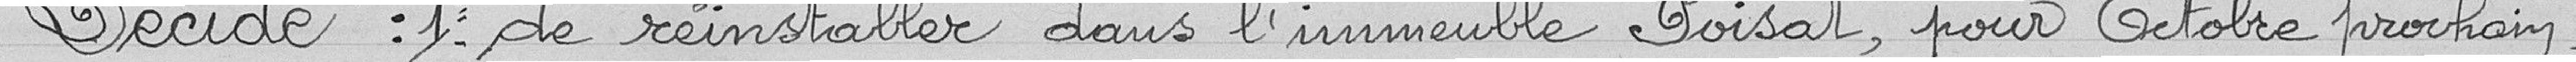
Décide : 1°- de réinstaller dans l'immeuble Poisat, pour Octobre prochain